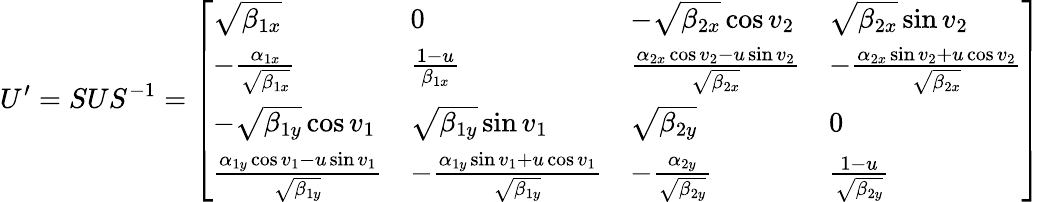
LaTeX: U^{\prime}=SUS^{-1}=\left[\begin{array}{llll}{\sqrt{\beta_{1x}}}&{0}&{-\sqrt{\beta_{2x}}\cos v_{2}}&{\sqrt{\beta_{2x}}\sin v_{2}}\\ {-\frac{\alpha_{1x}}{\sqrt{\beta_{1x}}}}&{\frac{1-u}{\beta_{1x}}}&{\frac{\alpha_{2x}\cos v_{2}-u\sin v_{2}}{\sqrt{\beta_{2x}}}}&{-\frac{\alpha_{2x}\sin v_{2}+u\cos v_{2}}{\sqrt{\beta_{2x}}}}\\ {-\sqrt{\beta_{1y}}\cos v_{1}}&{\sqrt{\beta_{1y}}\sin v_{1}}&{\sqrt{\beta_{2y}}}&{0}\\ {\frac{\alpha_{1y}\cos v_{1}-u\sin v_{1}}{\sqrt{\beta_{1y}}}}&{-\frac{\alpha_{1y}\sin v_{1}+u\cos v_{1}}{\sqrt{\beta_{1y}}}}&{-\frac{\alpha_{2y}}{\sqrt{\beta_{2y}}}}&{\frac{1-u}{\sqrt{\beta_{2y}}}}\end{array}\right]